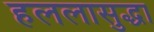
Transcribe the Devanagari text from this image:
हललासुद्धा